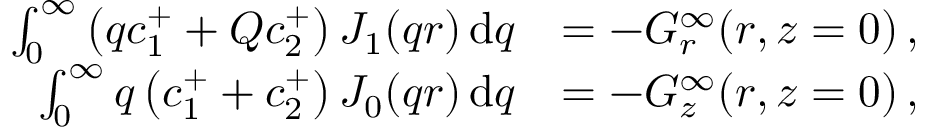
\begin{array} { r l } { \int _ { 0 } ^ { \infty } \left( q c _ { 1 } ^ { + } + Q c _ { 2 } ^ { + } \right) J _ { 1 } ( q r ) \, \mathrm { d } q } & { = - G _ { r } ^ { \infty } ( r , z = 0 ) \, , } \\ { \int _ { 0 } ^ { \infty } q \left( c _ { 1 } ^ { + } + c _ { 2 } ^ { + } \right) J _ { 0 } ( q r ) \, \mathrm { d } q } & { = - G _ { z } ^ { \infty } ( r , z = 0 ) \, , } \end{array}